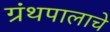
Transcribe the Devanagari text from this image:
ग्रंथपालाचे